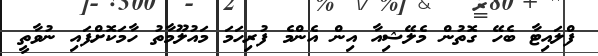
ފްލައިޓާ ބެހޭ ގޮތުން މެލޭޝިއާ އިން އެންމެ ފުރިހަމަ މައުލޫމާތު ހާމަކޮށްފައި ނުވާތީ